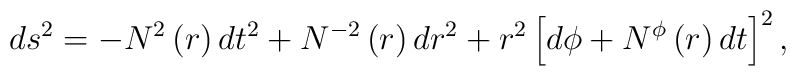
ds^{2}=-N^{2}\left( r\right) dt^{2}+N^{-2}\left( r\right) dr^{2}+r^{2}\left[d\phi +N^{\phi }\left( r\right) dt\right] ^{2},